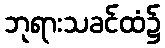
ဘုရားသခင်ထံ၌